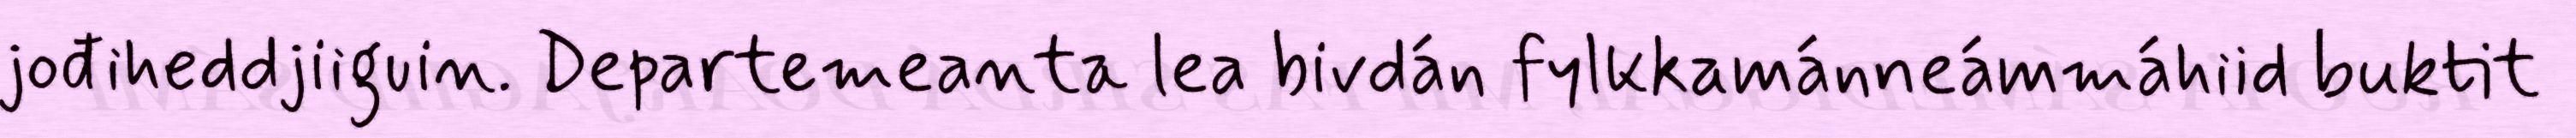
jođiheddjiiguin. Departemeanta lea bivdán fylkkamánneámmáhiid buktit